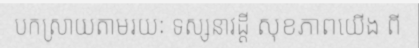
បកស្រាយតាមរយៈ ទស្សនាវដ្តី សុខភាពយើង ពី